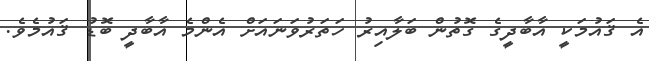
އެ ޤައުމަކީ އާބާދީގެ ގޮތުން ބަލާއިރު ހަތަރުވަނައަށް އެންމެ އާބާދީ ބޮޑު ޤައުމެވެ.